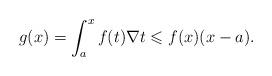
LaTeX: \begin{align*} g (x) = \int_a^{ x}{f(t)\nabla t} \leqslant f (x)(x - a).\end{align*}